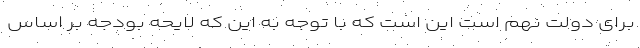
برای دولت نهم است این است که با توجه به این که لایحه بودجه بر اساس